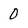
Character: 0